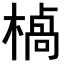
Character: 𪳣